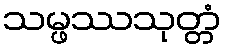
သမ္ဖဿသုတ္တံ